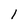
Character: l